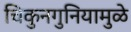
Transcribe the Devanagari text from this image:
चिकुनगुनियामुळे